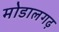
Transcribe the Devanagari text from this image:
मोडालगढ़